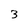
Character: 3